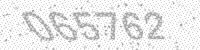
Solution: 065762